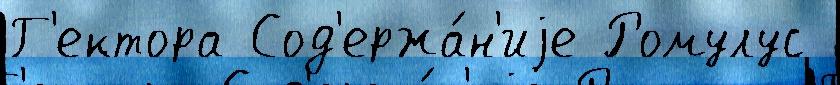
Г'ектора Сод'ержа́н'иjе Ромулус